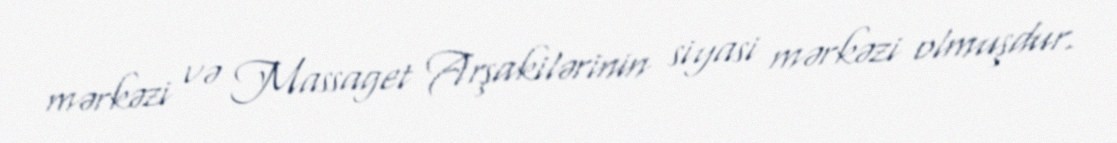
mərkəzi və Massaget Arşakilərinin siyasi mərkəzi olmuşdur.